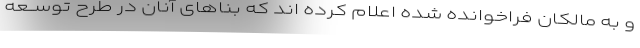
و به مالکان فراخوانده شده اعلام کرده اند که بناهای آنان در طرح توســعه